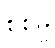
စစ်မှု